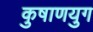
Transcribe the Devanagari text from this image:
कुषाणयुग